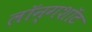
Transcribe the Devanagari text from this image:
लॉन्गशॉट